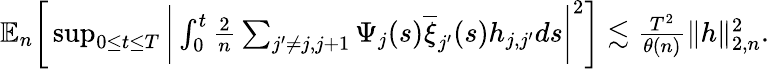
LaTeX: \begin{array}{r}{\mathbb{E}_{n}\bigg[\operatorname*{sup}_{0\le t\le T}\bigg|\int_{0}^{t}\frac{2}{n}\sum_{j^{\prime}\neq j,j+1}\Psi_{j}(s)\overline{{\xi}}_{j^{\prime}}(s)h_{j,j^{\prime}}ds\bigg|^{2}\bigg]\lesssim\frac{T^{2}}{\theta(n)}\| h\| _{2,n}^{2}.}\end{array}